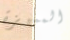
المميزة